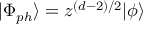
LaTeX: | \Phi _ { p h } \rangle = z ^ { ( d - 2 ) / 2 } | \phi \rangle